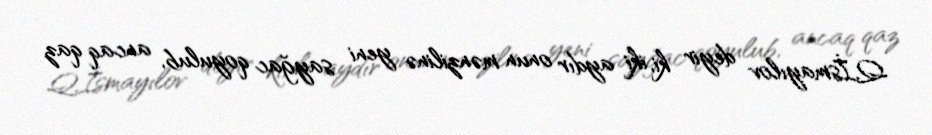
Q.İsmayılov deyir ki, iki aydır onun mənzilinə yeni sayğac qoyulub, ancaq qaz